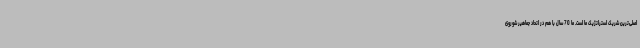
اصلی‌ترین شریک استراتژیک ما است. ما 70 سال با هم در اتحاد جماهیر شوروی